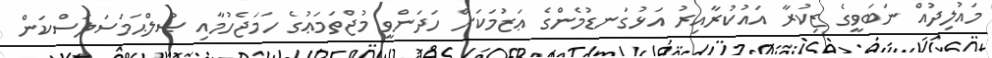
މައުލިދުއް ނަބަވީގެ ޒިކުރާ އައުކުރާއިރު އަޅުގަނޑުމެންގެ ޢަޒުމަކަށް ހަދަންވީ މުޖްތަމަޢުގެ ހަމަޖެހުމާއި ޞުލްޙަމަސަލަސްކަން